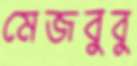
মেজবুবু